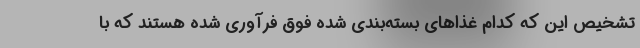
تشخیص این که کدام غذا‌های بسته‌بندی شده فوق فرآوری شده هستند که با